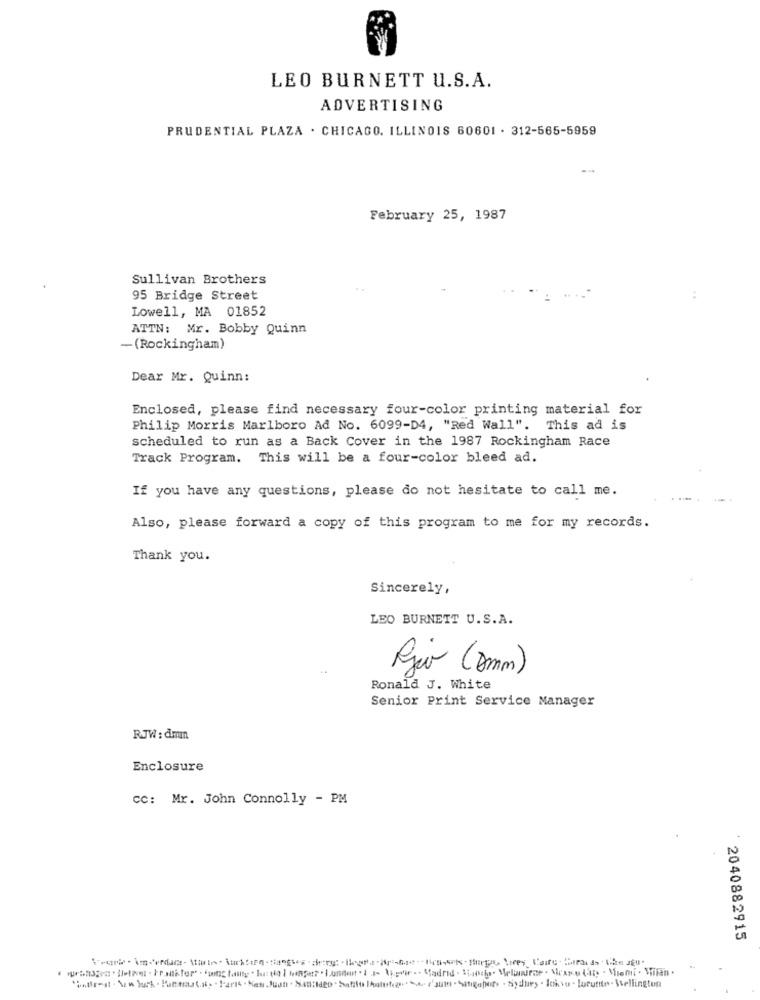
LEO BURNETT U.S.A.
ADVERTISING
PRUDENTIAL PLAZA . CHICAGO, ILLINOIS 60601 . 312-565-5959
February 25, 1987
Sullivan Brothers
95 Bridge Street
Lowell, MA 01852
ATTN: Mr. Bobby Quinn
-(Rockingham)
Dear Mr. Quinn:
Enclosed, please find necessary four-color printing material for
Philip Morris Marlboro Ad No. 6099-D4, "Red Wall". This ad is
scheduled to run as a Back Cover in the 1987 Rockingham Race
Track Program. This will be a four-color bleed ad.
If you have any questions, please do not hesitate to call me.
Also, please forward a copy of this program to me for my records.
Thank you.
Sincerely,
LEO BURNETT U.S.A.
Rio (omn)
Ronald J. White
Senior Print Service Manager
RJW : dman
Enclosure
cc: Mr. John Connolly - PM
2040882915